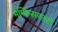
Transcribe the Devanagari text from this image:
मेम्फिसएनटी